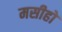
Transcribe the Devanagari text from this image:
मसीहों